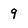
Character: 9